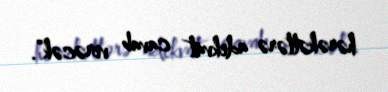
hərəkətlərə adekvat cavab verəcək”.